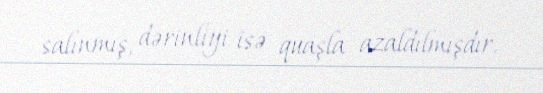
salınmış, dərinliyi isə quaşla azaldılmışdır.